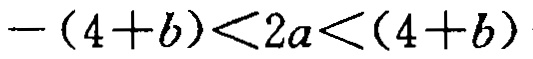
\(-(4 + b) < 2a < (4 + b)\)